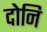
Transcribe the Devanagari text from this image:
दोनि